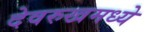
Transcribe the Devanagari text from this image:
देवरुखमध्ये